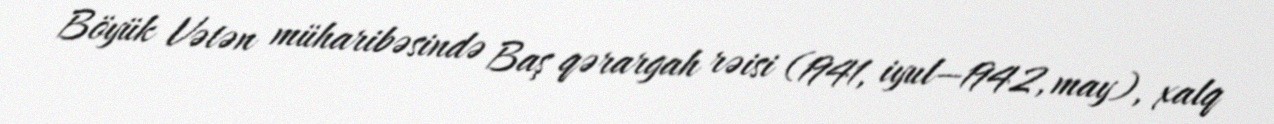
Böyük Vətən müharibəsində Baş qərargah rəisi (1941, iyul—1942, may), xalq